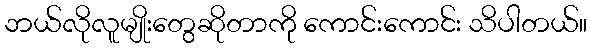
ဘယ်လိုလူမျိုးတွေဆိုတာကို ကောင်းကောင်း သိပါတယ်။